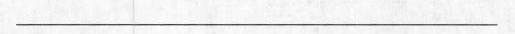
___